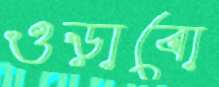
ওড়াবো